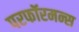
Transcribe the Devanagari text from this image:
परफॉरमन्स